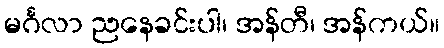
မင်္ဂလာ ညနေခင်းပါ၊ အန်တီ၊ အန်ကယ်။